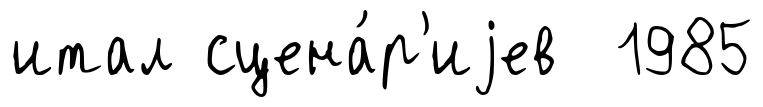
итал сцена́р'иjев 1985